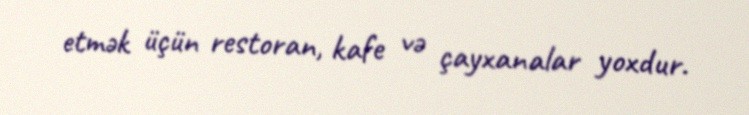
etmək üçün restoran, kafe və çayxanalar yoxdur.